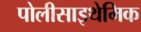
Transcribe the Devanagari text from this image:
पोलीसाइथेमिक